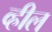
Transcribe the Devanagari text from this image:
व्ह्रील